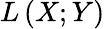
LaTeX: L\left(X;Y\right)